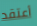
أعتقد